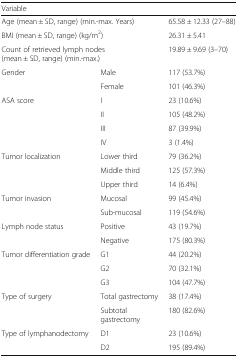
<table><thead><tr><td colspan="2"><b>Variable</b></td><td></td></tr></thead><tbody><tr><td colspan="2">Age (mean ± SD, range) (min.-max. Years)</td><td>65.58 ± 12.33 (27–88)</td></tr><tr><td colspan="2">BMI (mean ± SD, range) (kg/m<sup>2</sup>)</td><td>26.31 ± 5.41</td></tr><tr><td colspan="2">Count of retrieved lymph nodes (mean ± SD, range) (min.-max.)</td><td>19.89 ± 9.69 (3–70)</td></tr><tr><td rowspan="2">Gender</td><td>Male</td><td>117 (53.7%)</td></tr><tr><td>Female</td><td>101 (46.3%)</td></tr><tr><td rowspan="4">ASA score</td><td>I</td><td>23 (10.6%)</td></tr><tr><td>II</td><td>105 (48.2%)</td></tr><tr><td>III</td><td>87 (39.9%)</td></tr><tr><td>IV</td><td>3 (1.4%)</td></tr><tr><td rowspan="3">Tumor localization</td><td>Lower third</td><td>79 (36.2%)</td></tr><tr><td>Middle third</td><td>125 (57.3%)</td></tr><tr><td>Upper third</td><td>14 (6.4%)</td></tr><tr><td rowspan="2">Tumor invasion</td><td>Mucosal</td><td>99 (45.4%)</td></tr><tr><td>Sub-mucosal</td><td>119 (54.6%)</td></tr><tr><td rowspan="2">Lymph node status</td><td>Positive</td><td>43 (19.7%)</td></tr><tr><td>Negative</td><td>175 (80.3%)</td></tr><tr><td rowspan="3">Tumor differentiation grade</td><td>G1</td><td>44 (20.2%)</td></tr><tr><td>G2</td><td>70 (32.1%)</td></tr><tr><td>G3</td><td>104 (47.7%)</td></tr><tr><td rowspan="2">Type of surgery</td><td>Total gastrectomy</td><td>38 (17.4%)</td></tr><tr><td>Subtotal gastrectomy</td><td>180 (82.6%)</td></tr><tr><td rowspan="2">Type of lymphanodectomy</td><td>D1</td><td>23 (10.6%)</td></tr><tr><td>D2</td><td>195 (89.4%)</td></tr></tbody></table>